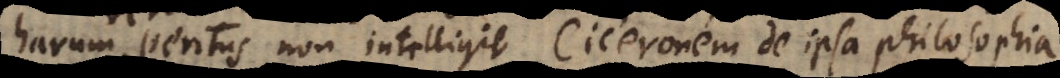
rerum peritus non intelligit Ciceronem de ipsa philosophia